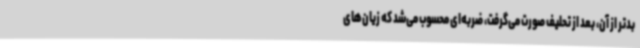
بدتر از آن، بعد از تحلیف صورت می‌گرفت، ضربه‌ای محسوب می‌شد که زیان‌های